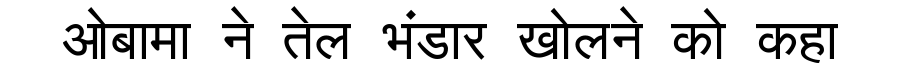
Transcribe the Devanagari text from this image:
ओबामा ने तेल भंडार खोलने को कहा